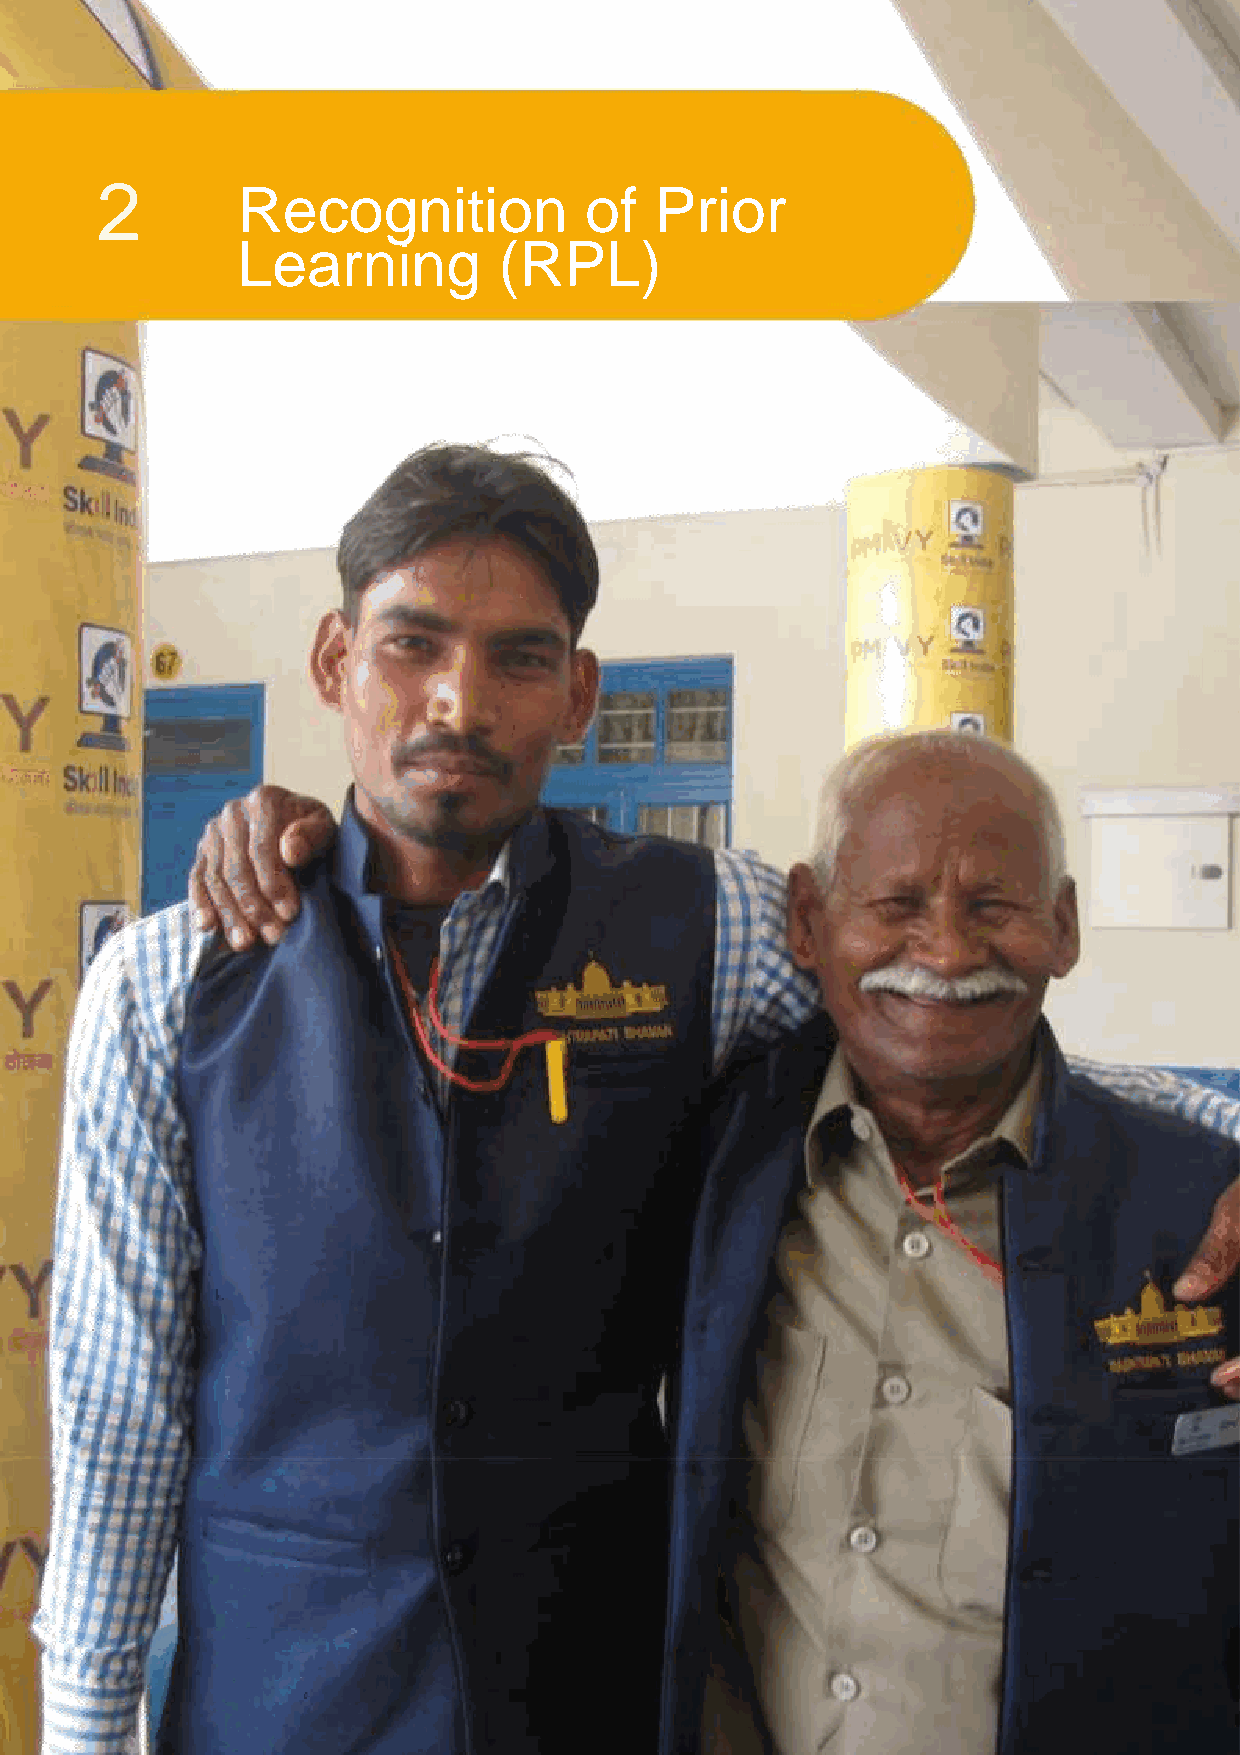
2
 Recognition            of  Prior
 Learning         (RPL)
 Guidelines (2016-2020) | 15